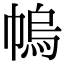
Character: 𢄓